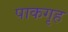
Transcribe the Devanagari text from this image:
पाकगृह